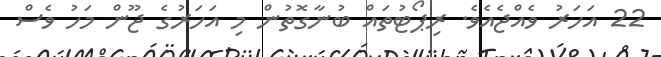
22 އަހަރު ވެއްޖެއެވެ. ރިޕޯޓުތައް ބުނާގޮތުން މި އަހަރުގެ ޖޫން މަހު ވެސް